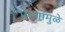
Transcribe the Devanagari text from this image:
प्रेरणांमुळे